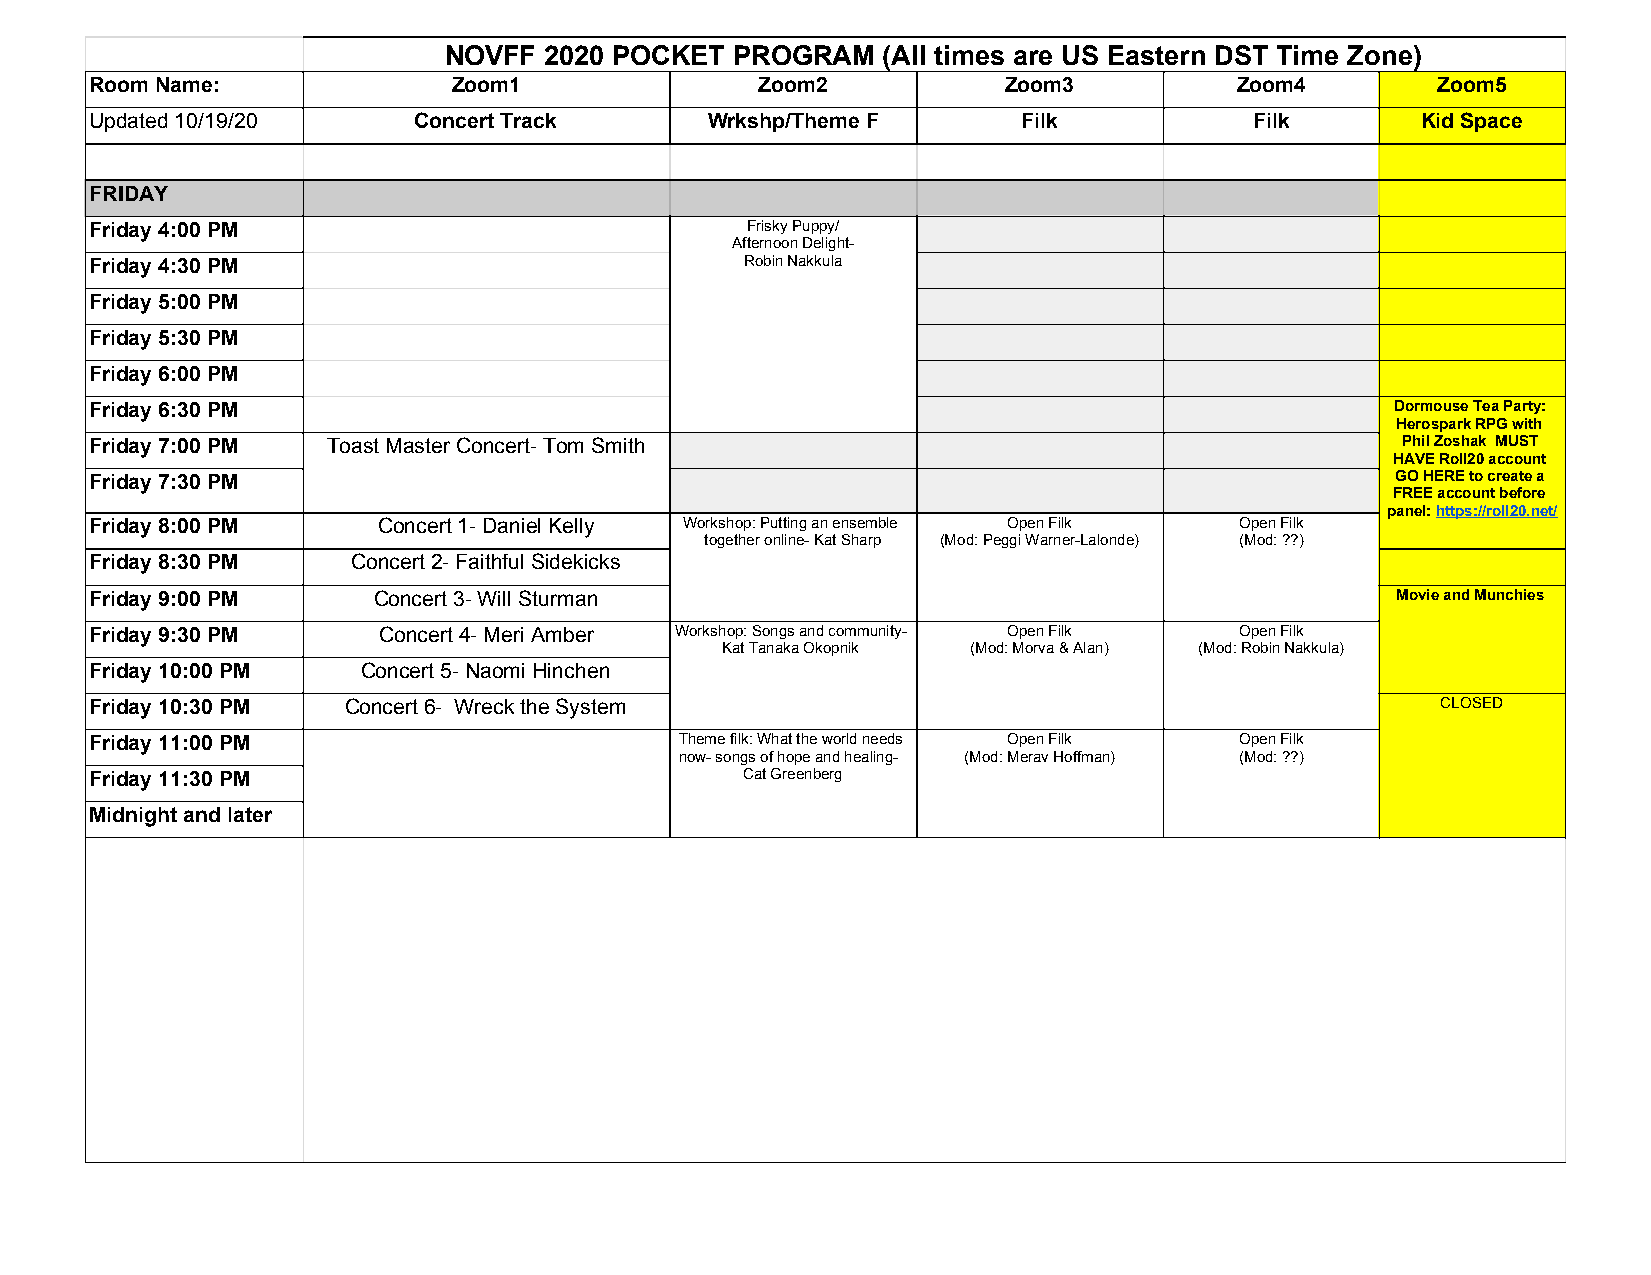
NOVFF  2020 POCKET  PROGRAM  (All times are US Eastern DST Time Zone)
 Room Name:              Zoom1               Zoom2           Zoom3           Zoom4        Zoom5
 Updated 10/19/20     Concert Track       Wrkshp/Theme F       Filk           Filk       Kid Space
 FRIDAY
 Friday 4:00 PM                             Frisky Puppy/
 Afternoon Delight-
 Friday 4:30 PM                             Robin Nakkula
 Friday 5:00 PM
 Friday 5:30 PM
 Friday 6:00 PM
 Friday 6:30 PM                                                                        Dormouse Tea Party:
 Herospark RPG with
 Friday 7:00 PM  Toast Master Concert- Tom Smith                                        Phil Zoshak MUST
 HAVE Roll20 account
 Friday 7:30 PM                                                                        GO HERE to create a
 FREE account before
 panel: https://roll20.net/
 Friday 8:00 PM     Concert 1- Daniel Kelly Workshop: Putting an ensemble Open Filk Open Filk
 together online- Kat Sharp (Mod: Peggi Warner-Lalonde) (Mod: ??)
 Friday 8:30 PM   Concert 2- Faithful Sidekicks
 Friday 9:00 PM     Concert 3- Will Sturman                                            Movie and Munchies
 Friday 9:30 PM     Concert 4- Meri Amber Workshop: Songs and community- Open Filk Open Filk
 Kat Tanaka Okopnik (Mod: Morva & Alan) (Mod: Robin Nakkula)
 Friday 10:00 PM   Concert 5- Naomi Hinchen
 Friday 10:30 PM  Concert 6- Wreck the System                                             CLOSED
 Friday 11:00 PM                        Theme filk: What the world needs Open Filk Open Filk
 now- songs of hope and healing- (Mod: Merav Hoffman) (Mod: ??)
 Friday 11:30 PM                            Cat Greenberg
 Midnight and later